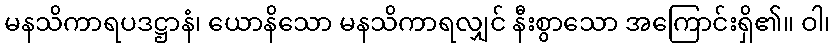
မနသိကာရပဒဋ္ဌာနံ၊ ယောနိသော မနသိကာရလျှင် နီးစွာသော အကြောင်းရှိ၏။ ဝါ၊